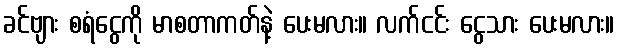
ခင်ဗျား စရံငွေကို မာစတာကတ်နဲ့ ပေးမလား။ လက်ငင်း ငွေသား ပေးမလား။